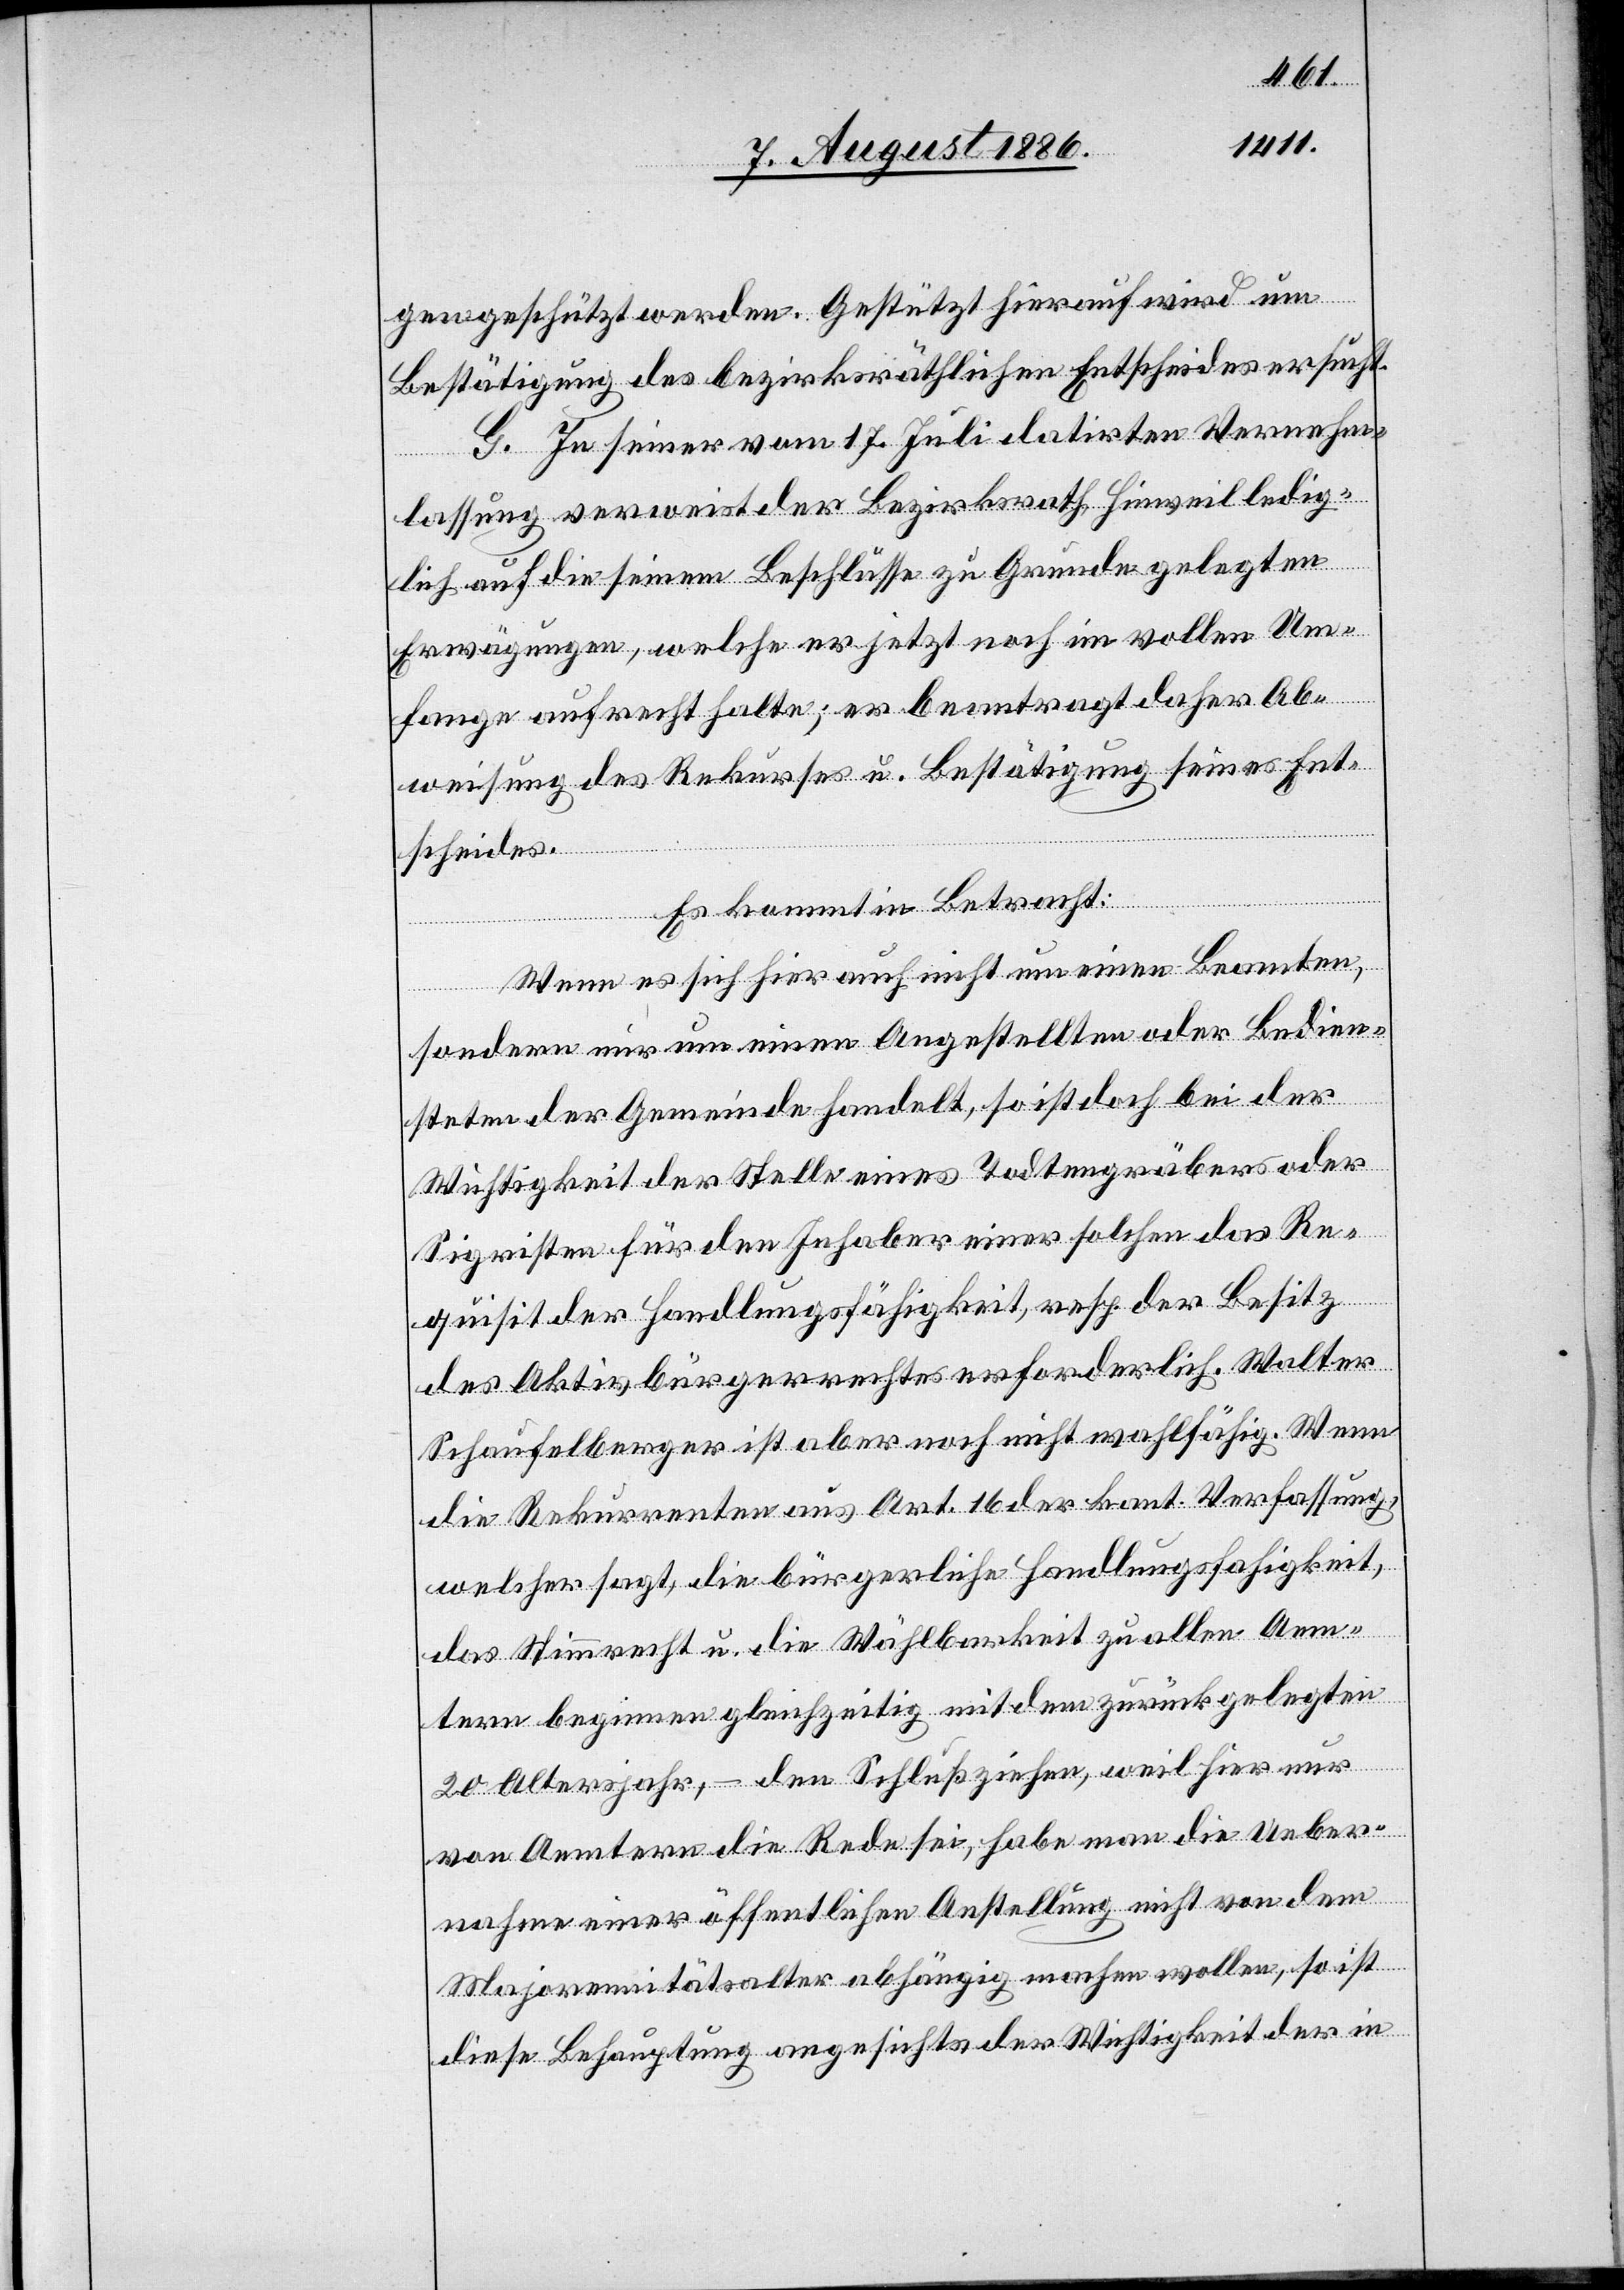
gen geschützt werden. Gestützt hierauf wird um
Bestätigung des bezirksräthlichen Entscheides ersucht.
G. In seiner vom 17. Juli datirten Vernehm¬
lassung verweist der Bezirksrath Hinweil ledig¬
lich auf die seinem Beschlusse zu Grunde gelegten
Erwägungen, welche er jetzt noch im vollen Um¬
fange aufrecht halte; er beantragt daher Ab¬
weisung des Rekurses u. Bestätigung seines Ent¬
scheides.
Es kommt in Betracht:
Wenn es sich hier auch nicht um einen Beamten,
sondern nur um einen Angestellten oder Bedien¬
steten der Gemeinde handelt, so ist doch bei der
Wichtigkeit der Stelle eines Todtengräbers oder
Sigristen für den Inhaber einer solchen das Re¬
quisit der Handlungsfähigkeit, resp. der Besitz
des Aktivbürgerrechtes erforderlich. Walter
Schaufelberger ist aber noch nicht wahlfähig. Wenn
die Rekurrenten aus Art. 16 der kant. Verfassung,
welcher sagt, die bürgerliche Handlungsfähigkeit,
das Stimmrecht u. die Wählbarkeit zu allen Aem¬
tern beginnen gleichzeitig mit dem zurückgelegten
20. Altersjahr, – den Schluß ziehen, weil hier nur
von Aemtern die Rede sei, habe man die Ueber¬
nahme einer öffentlichen Anstellung nicht von dem
Majorennitätsalter abhängig machen wollen, so ist
diese Behauptung angesichts der Wichtigkeit der in